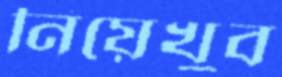
নিয়েখুব